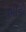
ભીની